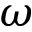
\omega